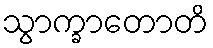
သွာက္ခာတောတိ